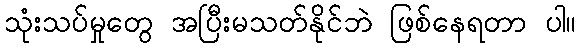
သုံးသပ်မှုတွေ အပြီးမသတ်နိုင်ဘဲ ဖြစ်နေရတာ ပါ။